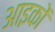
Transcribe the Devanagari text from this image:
आइकों